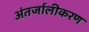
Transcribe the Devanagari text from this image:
अंतर्जालीकरण